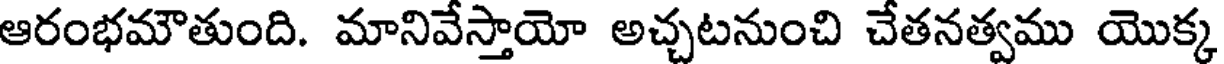
ఆరంభమౌతుంది. మానివేస్తాయో అచ్చటనుంచి చేతనత్వము యొక్క